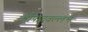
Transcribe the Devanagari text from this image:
श्रीपादवल्लभ